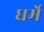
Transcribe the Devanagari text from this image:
धर्मे